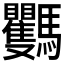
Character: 𩧡